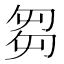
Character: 芻